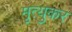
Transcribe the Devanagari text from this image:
मृत्युकर